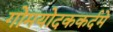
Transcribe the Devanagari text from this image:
गोमयोदककर्दमे